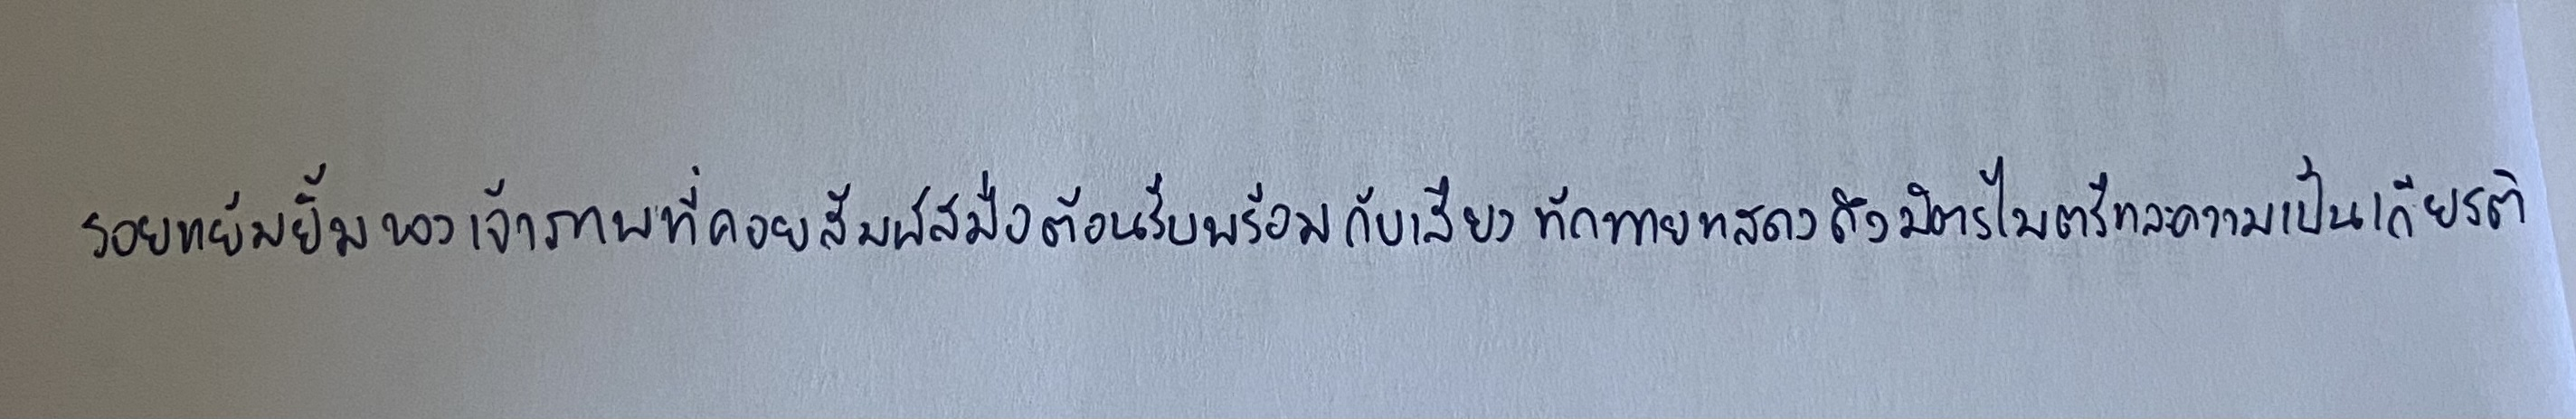
รอยแย้มยิ้มของเจ้าภาพที่คอยสัมผัสมือต้อนรับพร้อมกับเสียงทักทายแสดงถึงมิตรไมตรีและความเป็นเกียรติ